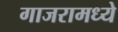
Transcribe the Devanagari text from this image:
गाजरामध्ये